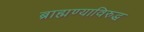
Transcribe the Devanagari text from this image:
ब्राह्मण्याविरुद्ध